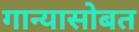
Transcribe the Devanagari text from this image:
गान्यासोबत